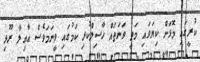
ކުރީގައި މޮޅަށް ކިޔަވައި މަތީ ވަނަތައް ހާސިލްކުރި ކަމުގައި ވީނަމަވެސް އާއިލާ ރޫޅި